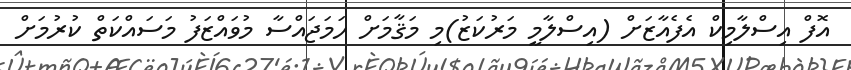
އޮފް އިސްލާމިކް އެފެއާޒަށް (އިސްލާމީ މަރުކަޒު)މި މަޤާމަށް ހަމަޖައްސާ މުވައްޒަފު މަސައްކަތް ކުރުމަށް